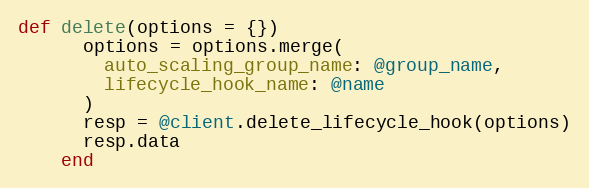
Language: Ruby
def delete(options = {})
      options = options.merge(
        auto_scaling_group_name: @group_name,
        lifecycle_hook_name: @name
      )
      resp = @client.delete_lifecycle_hook(options)
      resp.data
    end